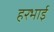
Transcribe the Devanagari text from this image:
हरभाई